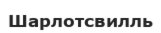
Шарлотсвилль